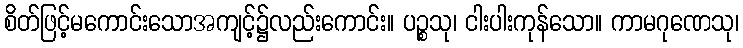
စိတ်ဖြင့်မကောင်းသောအကျင့်၌လည်းကောင်း။ ပဉ္စသု၊ ငါးပါးကုန်သော။ ကာမဂုဏေသု၊